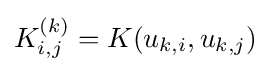
K_{i,j}^{(k)}=K(u_{k,i},u_{k,j})